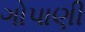
ગોપાણી